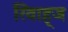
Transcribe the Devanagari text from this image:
रिवाह्ज